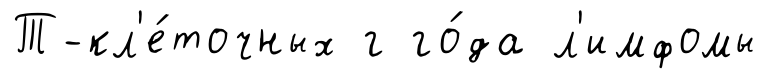
Т-кл'е́точных г го́да л'имфомы